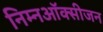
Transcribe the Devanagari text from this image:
निम्नऑक्सीजन